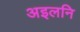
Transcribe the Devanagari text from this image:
अइलनि